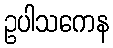
ဥပါသကေန